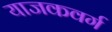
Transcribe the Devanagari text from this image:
याजकवर्ग